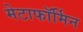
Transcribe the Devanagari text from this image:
मेटाफॉर्मिन